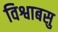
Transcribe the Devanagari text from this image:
विश्वाबसु